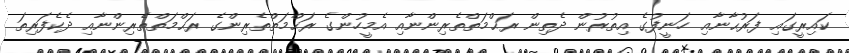
ކައިރީގައި ފަރުޙާނާއި ހަނީފުގެ އިތުރުން ދެތިން ރަޙްމަތްތެރިންނާއި އެމީހުންގެ ރަޙްމަތްތެރިންގެ ރަޙްމަތްތެރިންނާއި ދެކެފަރިތަ